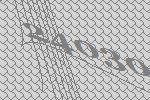
24030